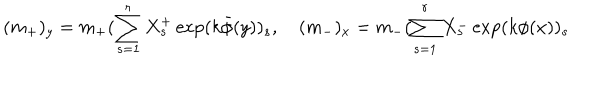
( m _ { + } ) _ { y } = m _ { + } ( \sum _ { s = 1 } ^ { r } X _ { s } ^ { + } \exp ( k \bar { \phi } ( y ) ) _ { s } , \quad ( m _ { - } ) _ { x } = m _ { - } ( \sum _ { s = 1 } ^ { r } X _ { s } ^ { - } \exp ( k \phi ( x ) ) _ { s }